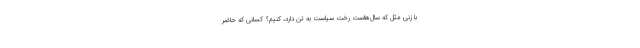
با زنی مثل که سال‌هاست رخت سیاست به تن دارد، کنیم؟ کسانی که حاضر